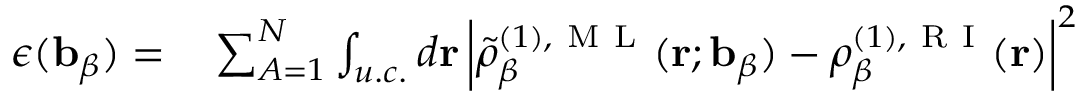
\begin{array} { r l } { \epsilon ( \mathbf { b } _ { \beta } ) = } & { { } \sum _ { A = 1 } ^ { N } \int _ { u . c . } d \mathbf { r } \left| \tilde { \rho } _ { \beta } ^ { ( 1 ) , \mathrm { ~ M ~ L ~ } } ( \mathbf { r } ; \mathbf { b } _ { \beta } ) - \rho _ { \beta } ^ { ( 1 ) , \mathrm { ~ R ~ I ~ } } ( \mathbf { r } ) \right| ^ { 2 } } \end{array}